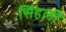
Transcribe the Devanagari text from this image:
सिंहलीं